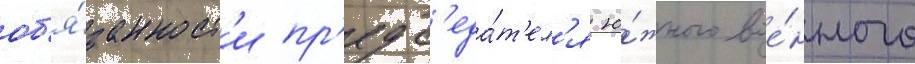
об'я́занност'и пр'едс'еда́т'ел'я ю́жного вое́нного